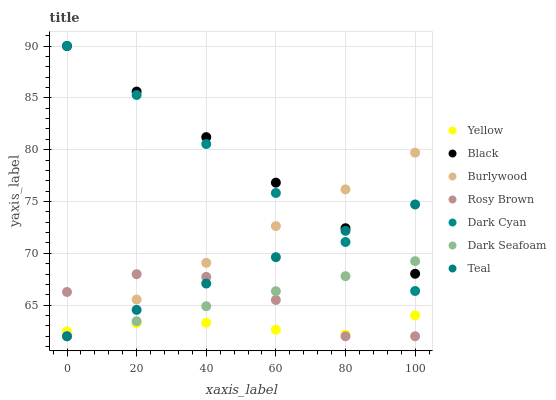
| xaxis_label | Yellow | Black | Burlywood | Rosy Brown | Dark Cyan | Dark Seafoam | Teal |
 | --- | --- | --- | --- | --- | --- | --- | --- |
 | 0 | 62.5 | 90 | 62 | 66.3 | 90 | 62 | 62 |
 | 20 | 63.3 | 85.6 | 65.5 | 68 | 85.3 | 63.4 | 64.5 |
 | 40 | 63.3 | 81.2 | 69.1 | 67.7 | 80.5 | 64.9 | 67.1 |
 | 60 | 62.6 | 76.8 | 72.6 | 65.5 | 75.8 | 66.3 | 69.6 |
 | 80 | 62.2 | 72.4 | 76.2 | 62 | 71.1 | 67.8 | 72.2 |
 | 100 | 64 | 68 | 79.7 | 62 | 66.4 | 69.2 | 74.7 |